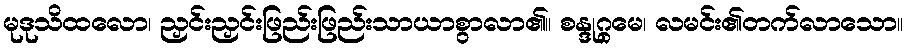
မုဒုသိထလော၊ ညှင်းညှင်းဖြည်းဖြည်းသာယာစွာလာ၏။ စန္ဒုဂ္ဂမေ၊ လမင်း၏တက်လာသော။